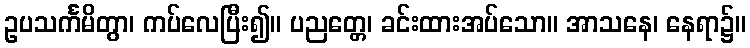
ဥပသင်္ကမိတွာ၊ ကပ်လေပြီး၍။ ပညတ္တေ၊ ခင်းထားအပ်သော။ အာသနေ၊ နေရာ၌။